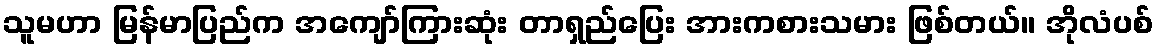
သူမဟာ မြန်မာပြည်က အကျော်ကြားဆုံး တာရှည်ပြေး အားကစားသမား ဖြစ်တယ်။ အိုလံပစ်